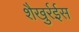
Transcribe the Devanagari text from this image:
शैखुर्रईस